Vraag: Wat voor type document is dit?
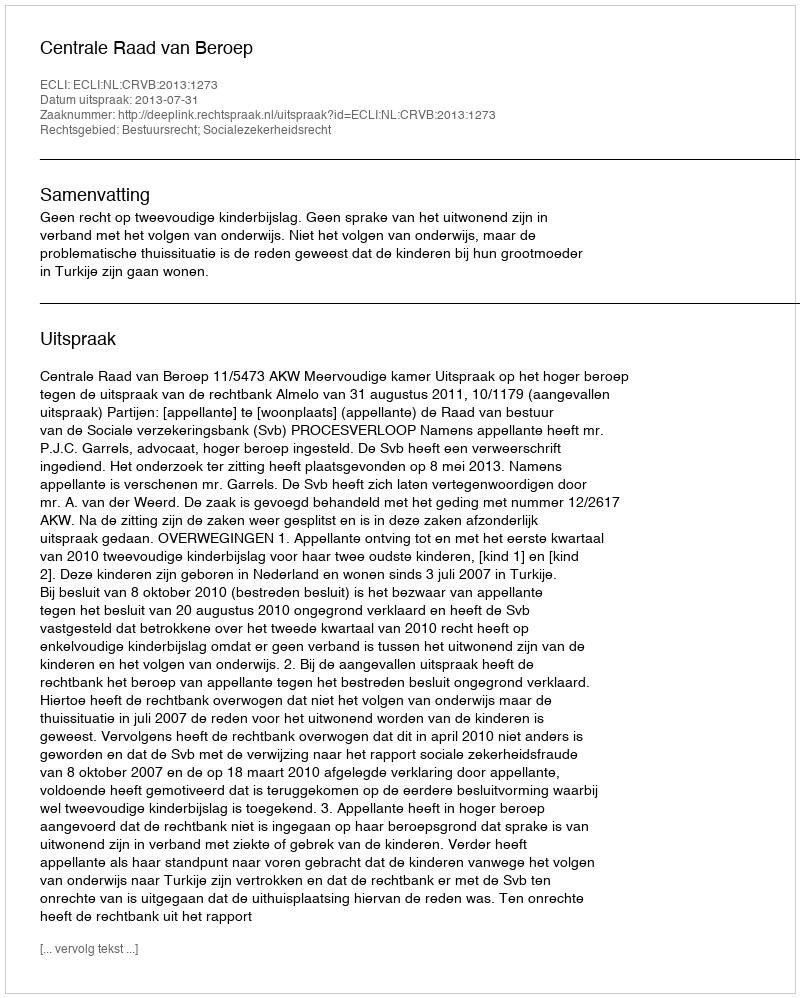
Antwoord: Uitspraak